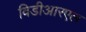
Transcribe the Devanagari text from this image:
विडीआरएल